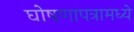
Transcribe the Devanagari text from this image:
घोषणापत्रामध्ये